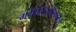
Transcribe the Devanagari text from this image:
गंगैकोंडचोलपुरम्